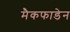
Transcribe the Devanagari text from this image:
मैकफाडेन